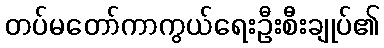
တပ်မတော်ကာကွယ်ရေးဦးစီးချုပ်၏